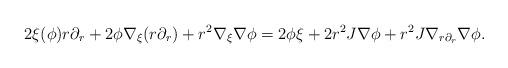
LaTeX: \begin{align*} 2\xi(\phi)r\partial_r + 2\phi \nabla_\xi (r\partial_r) + r^2 \nabla_\xi\nabla\phi &= 2\phi\xi + 2r^2J\nabla\phi+ r^2J\nabla_{r\partial_r}\nabla\phi.\end{align*}